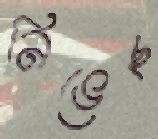
নিভেছ